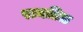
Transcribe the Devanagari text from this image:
रानतिळ